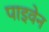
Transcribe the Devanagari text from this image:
पाइवेन